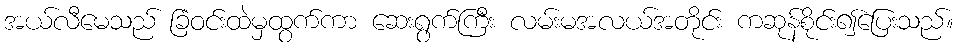
အယ်လီမေသည် ခြံဝင်းထဲမှထွက်ကာ ဆေးရွက်ကြီး လမ်းမအလယ်အတိုင်း ကဆုန်စိုင်း၍ပြေးသည်။